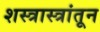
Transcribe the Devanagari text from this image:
शस्त्रास्त्रांतून